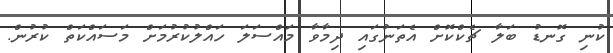
ކުނި ގޮނޑު ބަލާ ޗެކްކޮށް އެތަނުގައި ދިމާވާ މައްސަލަ ހައްލުކުރުމަށް މަސައްކަތް ކުރުން.